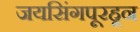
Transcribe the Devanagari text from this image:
जयसिंगपूरहून